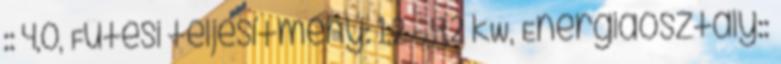
:: 4,0, Fűtési teljesítmény: 1,2 - 4,2 kW, Energiaosztály::